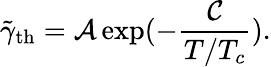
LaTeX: \tilde{\gamma}_{\mathrm{th}}=\mathcal{A}\exp(-\frac{\mathcal{C}}{T/T_{c}}).